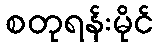
စတုရန်းမိုင်